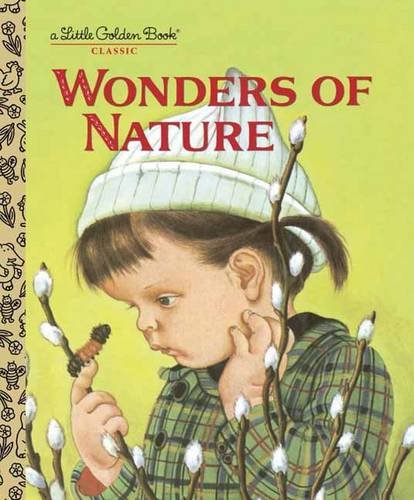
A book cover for Wonders of Nature (Little Golden Book); Jane Werner Watson; Children's Books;